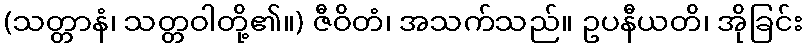
(သတ္တာနံ၊ သတ္တဝါတို့၏။) ဇီဝိတံ၊ အသက်သည်။ ဥပနီယတိ၊ အိုခြင်း